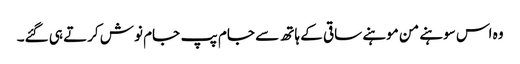
وہ اس سوہنے من موہنے ساقی کے ہاتھ سے جام پپ جام نوش کرتے ہی گئے۔